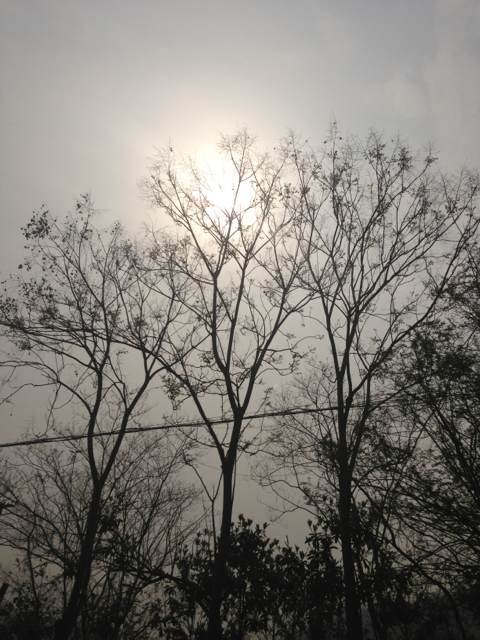
连天衰草，望断归来路。